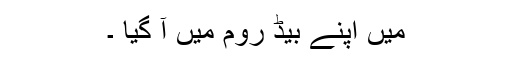
میں اپنے بیڈ روم میں آ گیا ۔